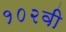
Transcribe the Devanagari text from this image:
१०२वी